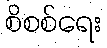
စိစစ်ရေး